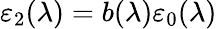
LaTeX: \varepsilon_{2}(\lambda)=b(\lambda)\varepsilon_{0}(\lambda)